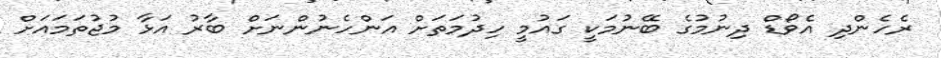
ރެހެންދި އެވޯޑް ދިނުމުގެ ބޭނުމަކީ ގައުމީ ހިދުމަތަށް އަންހެނުންނަށް ބާރު އަޅާ މުޖުތަމައަށް